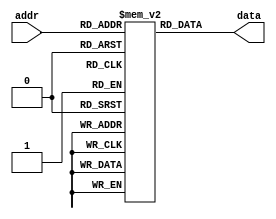
module fuse_rom(
    input [7:0] addr,
    output reg [7:0] data
);

reg [7:0] memory [0:255];

initial begin
    // Initialize memory with pre-programmed data values
    memory[0] = 8'h11;
    memory[1] = 8'h22;
    // Add more memory initialization here if needed
end

always @(addr)
begin
    // Read data from memory based on address input
    data <= memory[addr];
end

endmodule